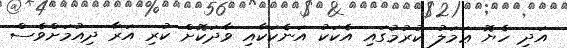
އަދި ހެޔޮ ޢަމަލު ކުރުމުގައި އެކަކު އަނެކަކާއި ވާދަކޮށް ކުރި އަރާ ދިއުމަށްވެސް